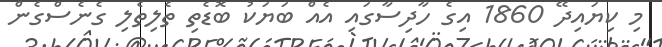
މި ކިޔައިދޭ 1860 އިގެ ހާދިސާގައި އެއް ބަޔަކު ބޮޑެތި ތެލިތެލި ގެނެސްގެން